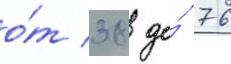
о́т 38 до́ 76